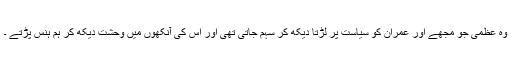
وہ عظمی جو مجھے اور عمران کو سیاست پر لڑتا دیکھ کر سہم جاتی تھی اور اس کی آنکھوں میں وحشت دیکھ کر ہم ہنس پڑتے ۔